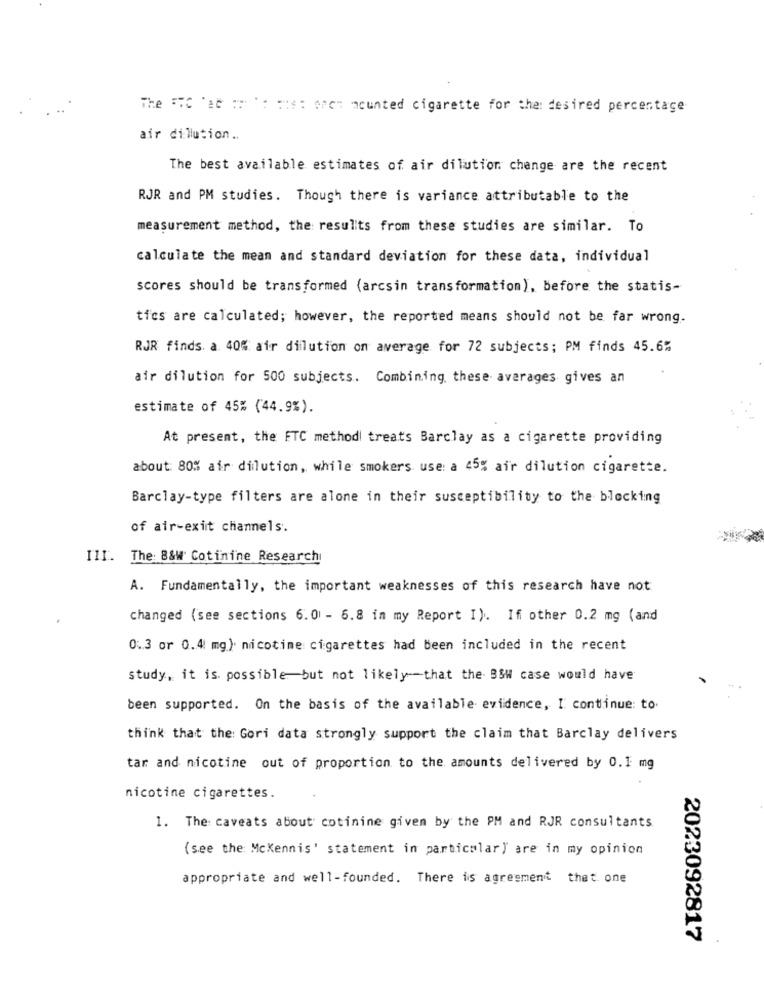
The FHC 'a : ': : is: open mounted cigarette for the: desired percentage
air dilution ..
The best available estimates of air dilution change are the recent
RJR and PM studies. Though there is variance attributable to the
measurement method, the results from these studies are similar. To
calculate the mean and standard deviation for these data, individual
scores should be transformed (arcsin transformation), before the statis-
tics are calculated; however, the reported means should not be far wrong.
RJR finds. a. 40% air dilution on average for 72 subjects; PM finds 45.6%
air dilution for 500 subjects. Combining, these averages gives an
estimate of 45% (44.9%).
At present, the ETC method treats Barclay as a cigarette providing
about: 80% air dilution, while smokers use: a 45% air dilution cigarette.
Barclay-type filters are alone in their susceptibility to the blocking
of air-exit channels.
III. The: 8&W Cotinine Research
A. Fundamentally, the important weaknesses of this research have not
changed (see sections 6.0 - 6.8 in my Report I). If other 0.2 mg (and
0.3 or 0.4 mg). nicotime cigarettes had been included in the recent
study, it is possible but not likely that the BSW case would have
been supported. On the basis of the available evidence, I continue: to.
think that the: Gori data strongly support the claim that Barclay delivers
tar and nicotine out of proportion to the amounts delivered by 0.1 mg
nicotine cigarettes.
1. The caveats about cotinine given by the PM and RJR consultants
(see the Mckennis' statement in particular) are in my opinion
appropriate and well-founded. There is agreement that. one
2023092817